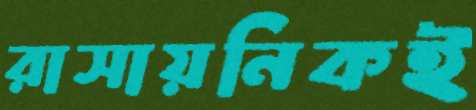
রাসায়নিকই